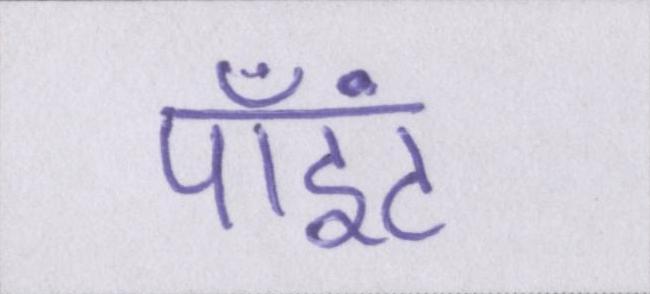
पॉइंट